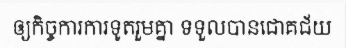
ឲ្យកិច្ចការការទូតរួមគ្នា ទទួលបានជោគជ័យ